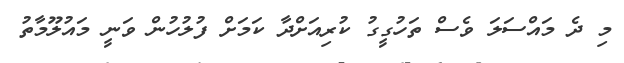
މި ދެ މައްސަލަ ވެސް ތަހުގީގު ކުރިއަށްދާ ކަަމަށް ފުލުހުން ވަނީ މައުލޫމާތު